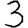
Digit: 3